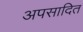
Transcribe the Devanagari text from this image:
अपसादित